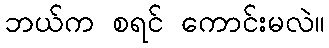
ဘယ်က စရင် ကောင်းမလဲ။